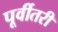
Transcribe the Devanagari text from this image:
पूर्वीतरी